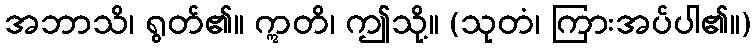
အဘာသိ၊ ရွတ်၏။ ဣတိ၊ ဤသို့။ (သုတံ၊ ကြားအပ်ပါ၏။)